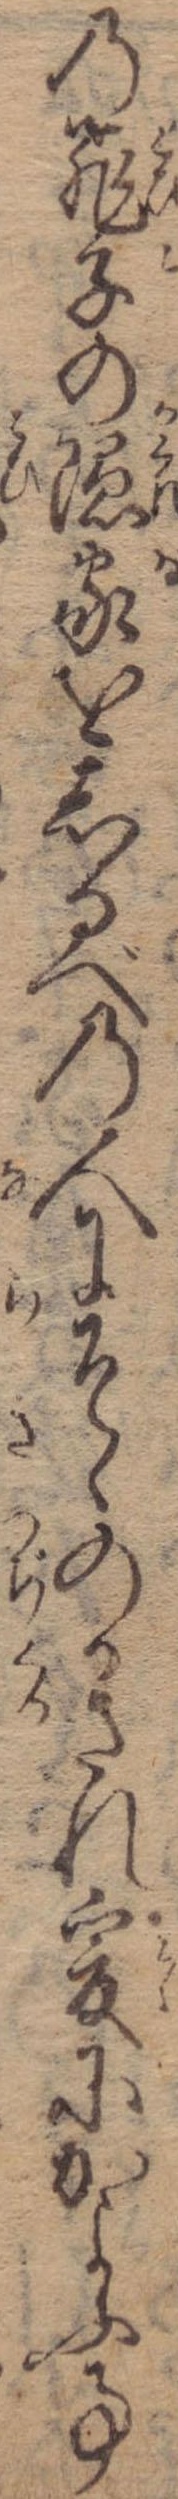
の飛子の隠家をしるべの人にそゝのかされ爰にかよふ事